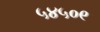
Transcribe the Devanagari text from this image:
५४५०९